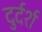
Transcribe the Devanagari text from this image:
दुर्दर्श